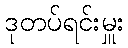
ဒုတပ်ရင်းမှူး